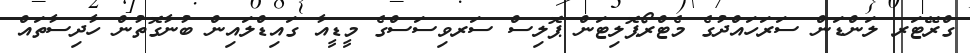
ގްރޭޓަރ ލަންޑަން ސަރަހައްދުގެ މެޓްރޯޕޮލިޓަން ޕޮލިސް ސަރވިސަސްގެ މީޑީއާ ގައިޑްލައިން ބުނާގޮތުން ހާދިސާތައް